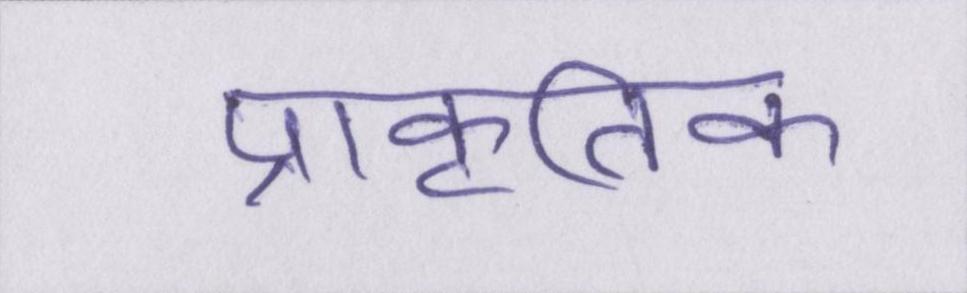
प्राकृतिक